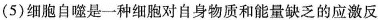
(5)细胞自噬是一种细胞对自身物质和能量缺乏的应激反